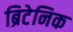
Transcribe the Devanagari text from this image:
ब्रिटेनिक